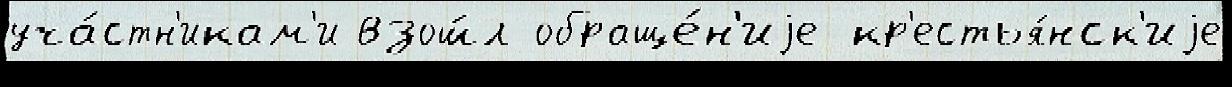
уча́стн'икам'и взош́л обраще́н'иjе кр'естья́нск'иjе